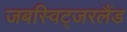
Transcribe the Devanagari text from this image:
जबस्विट्जरलैंड